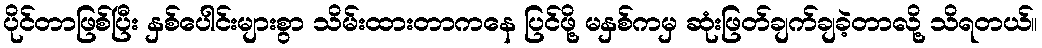
ပိုင်တာဖြစ်ပြီး နှစ်ပေါင်းများစွာ သိမ်းထားတာကနေ ပြင်ဖို့ မနှစ်ကမှ ဆုံးဖြတ်ချက်ချခဲ့တာလို့ သိရတယ်။